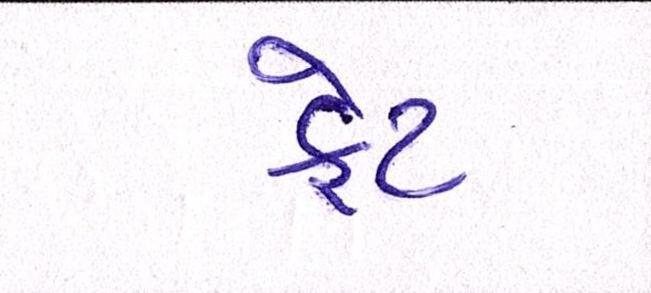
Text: ફેટ